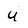
Character: u